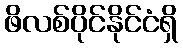
ဖိလစ်ပိုင်နိုင်ငံရှိ